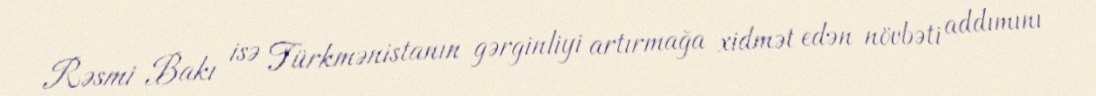
Rəsmi Bakı isə Türkmənistanın gərginliyi artırmağa xidmət edən növbəti addımını